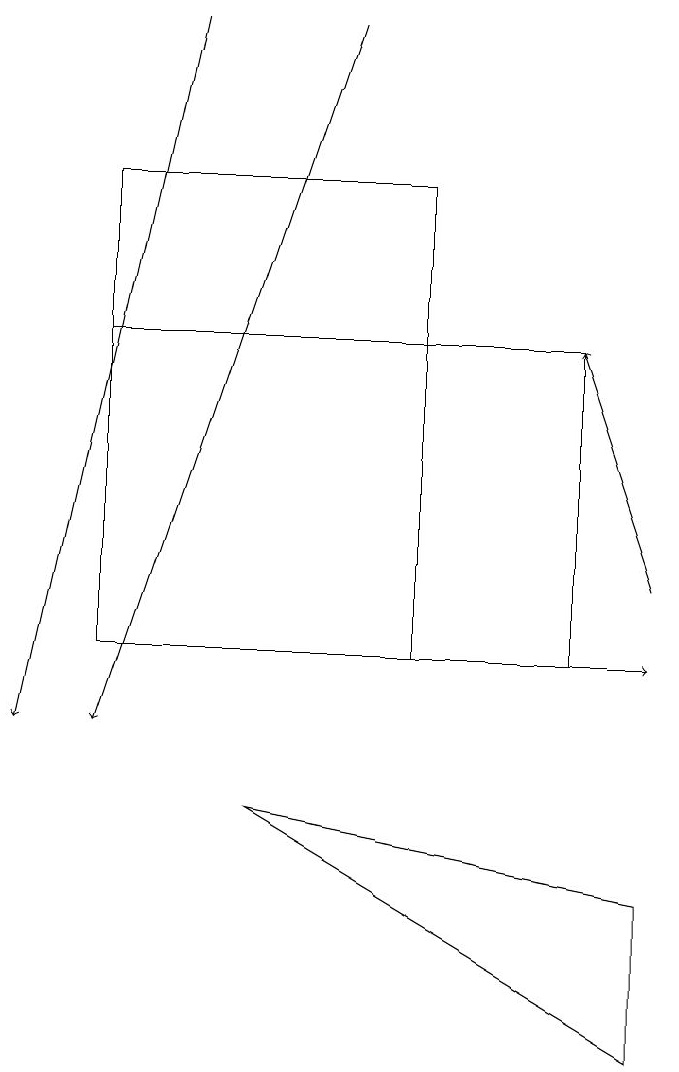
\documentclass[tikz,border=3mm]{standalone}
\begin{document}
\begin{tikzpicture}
\draw (6,11) rectangle (2,17);
\draw (2,15) rectangle (8,11);
\draw (9,6) -- (9,8) -- (4,9) -- cycle;
\draw[->] (3,19) -- (1,10);
\draw[->] (9,12) -- (8,15);
\draw[->] (4,11) -- (9,11);
\draw[->] (5,19) -- (2,10);
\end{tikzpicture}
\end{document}